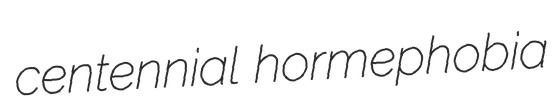
centennial hormephobia